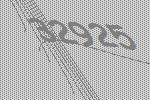
32925